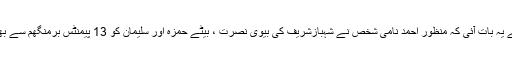
تحقیقات کاروں کا کہناہے کہ ہمارے سامنے یہ بات آئی کہ منظور احمد نامی شخص نے شہبازشریف کی بیوی نصرت ، بیٹے حمزہ اور سلیمان کو 13 پیمنٹس برمنگھم سے بھجوائیں جس کی مالیت 1.2 ملین پاﺅنڈ تھی ۔